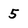
Character: 5